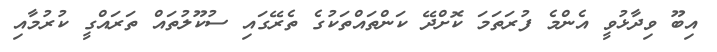
އިބޫ ވިދާޅުވީ އެންމެ ފުރަތަމަ ކޮށްދޭ ކަންތައްތަކުގެ ތެރޭގައި ސުކޫލުތައް ތަރައްގީ ކުރުމާއި